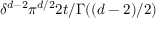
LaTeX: \delta ^ { d - 2 } \pi ^ { d / 2 } 2 t / \Gamma ( ( d - 2 ) / 2 )